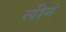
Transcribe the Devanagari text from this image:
लीनं